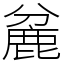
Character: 麄